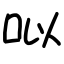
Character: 㕽